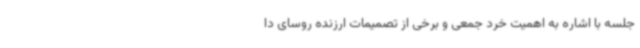
جلسه با اشاره به اهمیت خرد جمعی و برخی از تصمیمات ارزنده روسای دا